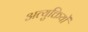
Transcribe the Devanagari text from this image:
अत्युक्तियों